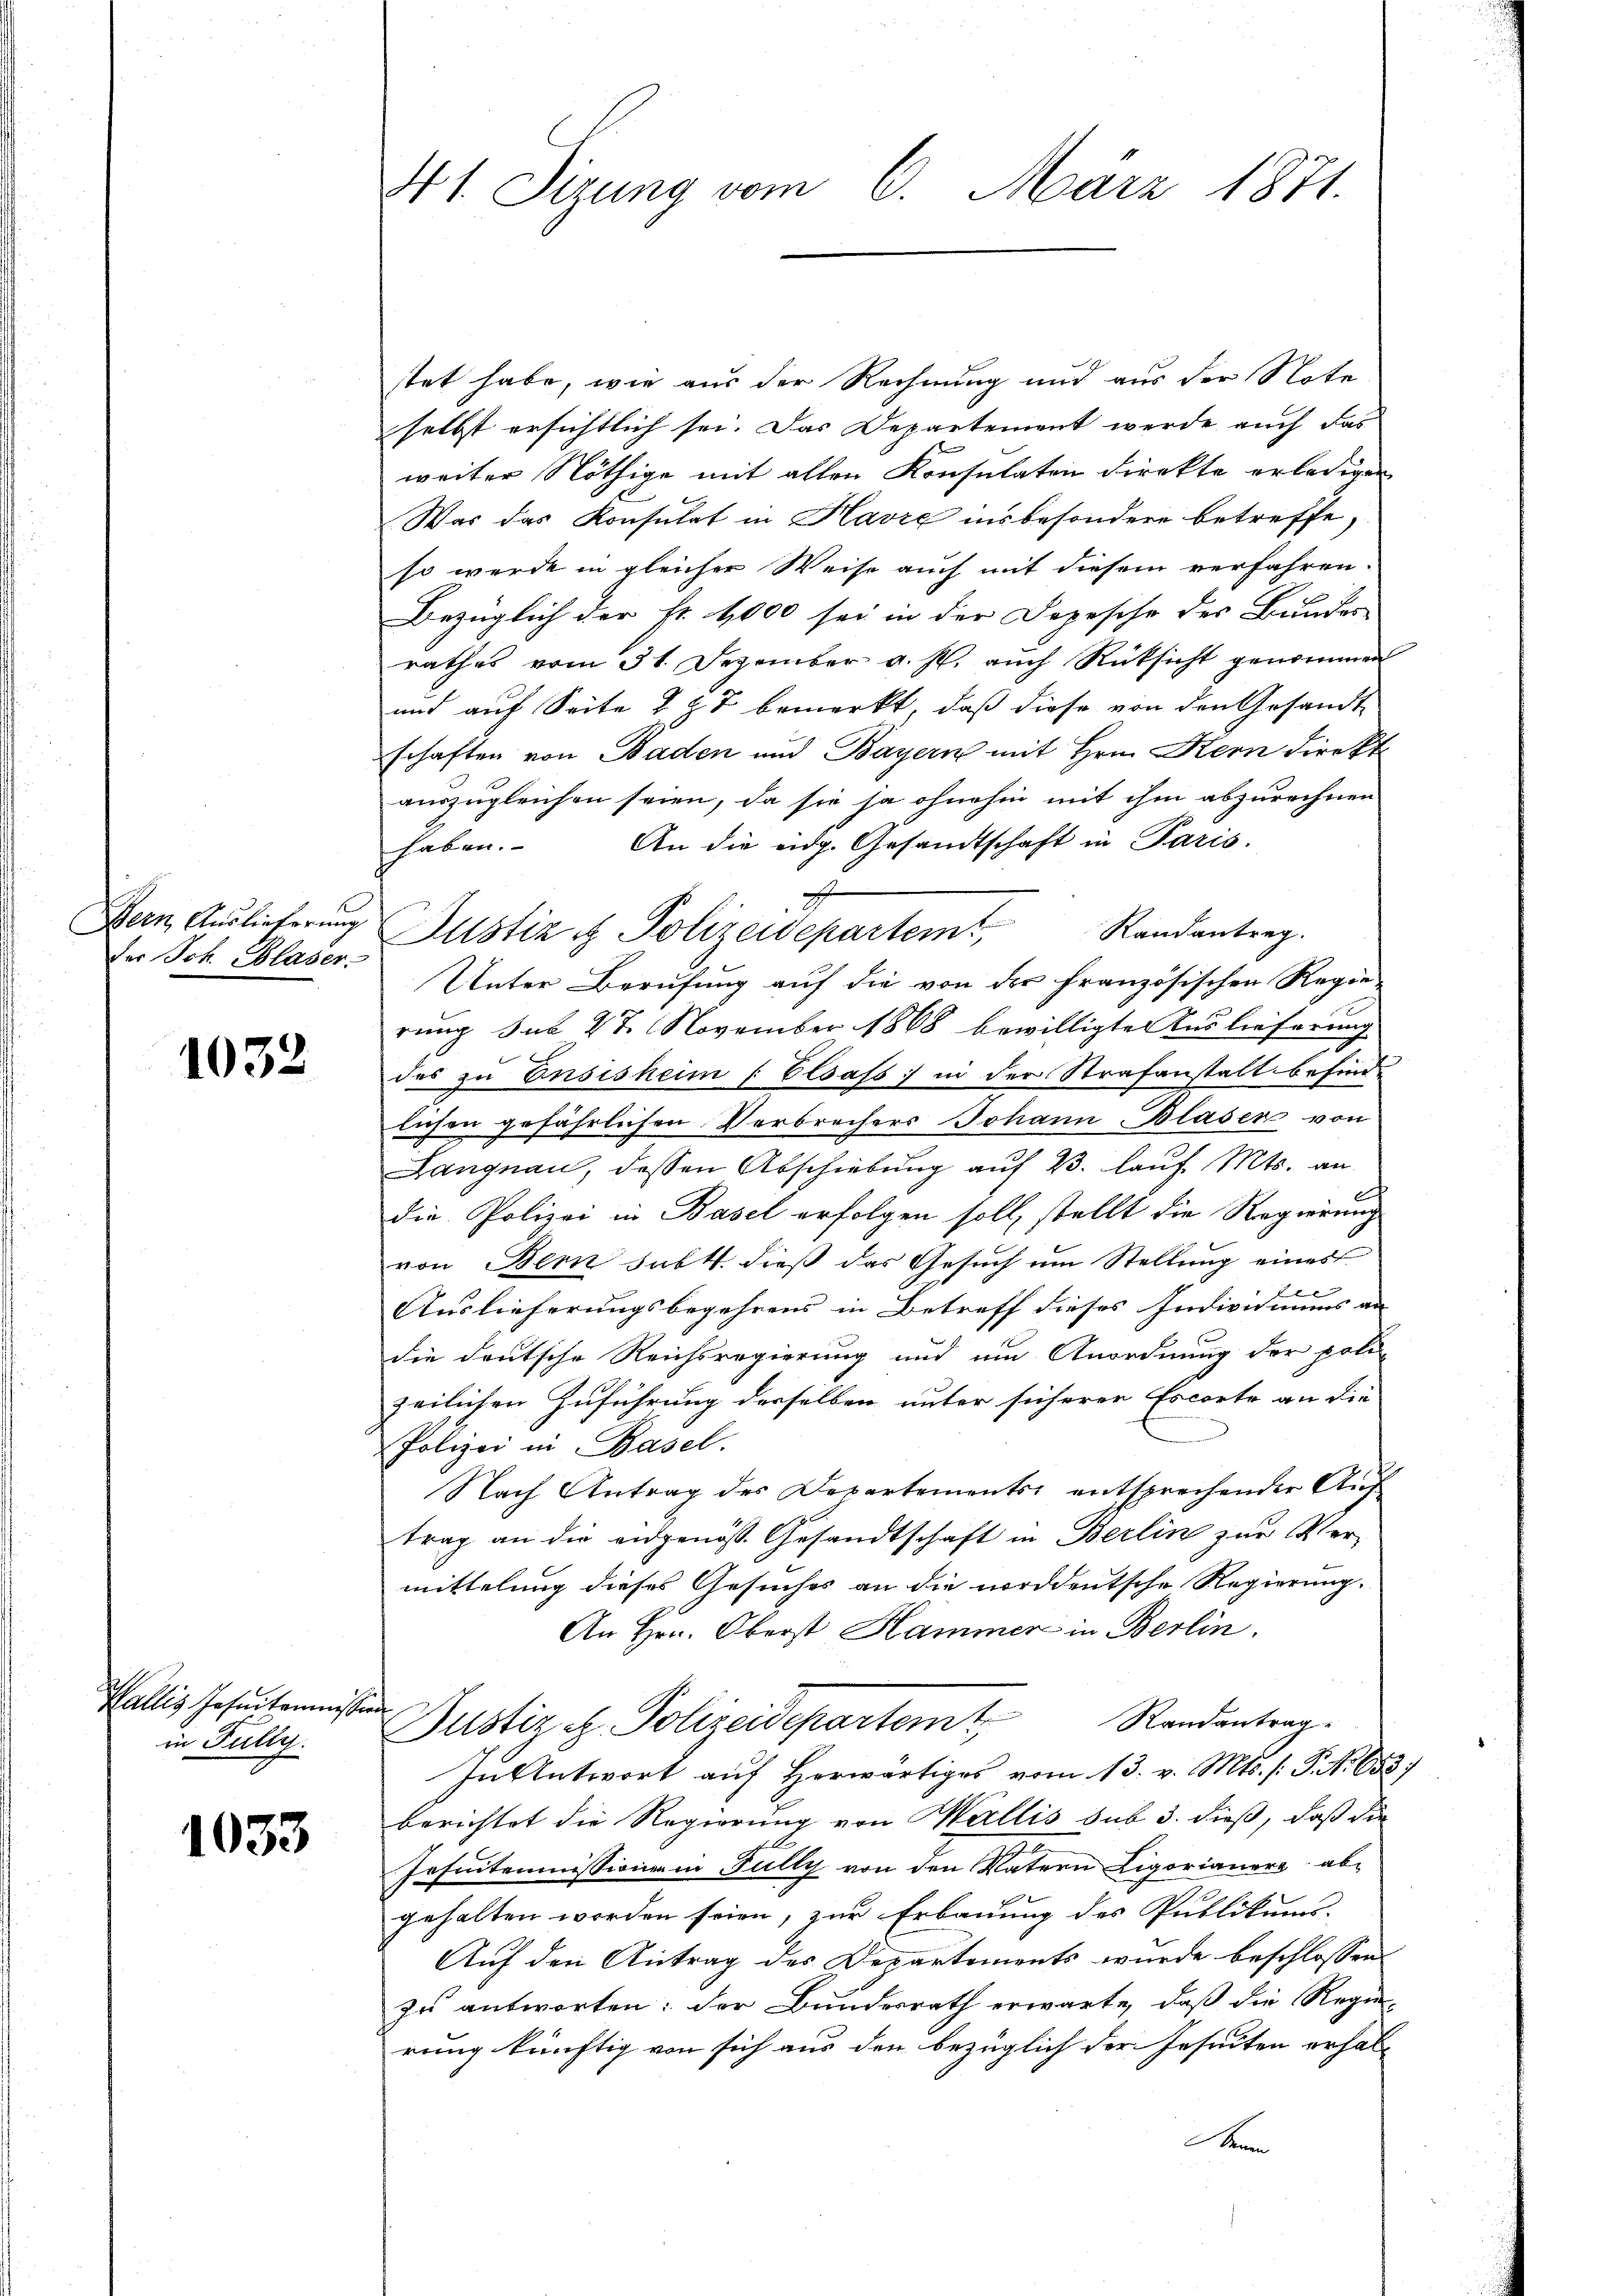
Hern Auslieferung
der Joh. Blaser

1032

Wallis Josaikommission
in Fully.

1033

41. Sizung vom 6. März 1871.

stet habe, wie aus der Rechnung und aus der Note
selbst ersichtlich sei. Das Departement werde auch das
weiter Nöthige mit allen Konsulaten direkte erledigen
Was das Konsulat in Havre insbesondere betreffe,
so wurde in gleicher Weise auch mit diesem verfahren.
Bezüglich der Fr. 1000 sei in der Depesche des Bundes-
rathes vom 31. Dezember v. J. auch Rücksicht genommen
und auf Seite 2 § 7 bemerkt, daß diese von den Gesandt-
schaften von Baden und Bayern mit Hrn. Kern direkt
auszugleichen seien, da sie ja ohnehin mit ihm abzurechnen
An die eidg. Gesandtschaft in Paris.
haben.
7
Justiz & Polizeidepartem Randantrag.
Unter Berufung auf die von der französischen Regie
rung sub 27. November 1868 bewilligte Auslieferung
des zu Ensisheim Elsass in der Strafanstalt befind-
lichen gefährlichen Verbrechers Johann Blasers von
Langnau, dessen Abschiebung auf 23. lauf Mts. an
die Polizei in Basel erfolgen soll, stellt die Regierung
von Bern satt dieß das Gesuch um Stellung eines
x
Auslieferungsbegehrens in Betreff dieses Indivniums an
die deutsche Reichsregierung und um Anordnung der poli-
zeilichen Zuführung derselben unter sicheren Escorte an die
Polizei in Basel.
Nach Antrag des Departements entsprechender Auftrag an die angenoss Gesandtschaft in Berlin zur Ver-
mittelung dieses Gesuches an die norddeutsche Regierung.
An Hrn. Oberst Hammer in Berlin.
Justiz u. Polizeidepartem Randantrag.
In Antwort auf Horwärtiges vom 13. v. Mts. /: P. Nr. 653
berichtet die Regierung von Wallis sub 3. dieß, daß die
Insuitemmissionen in Fully von den Vatern Ligorianere ab¬

gehalten worden seien, zur Erbauung des Publikums-
Auf den Antrag des Departements wurde beschlossen:
zu antworten: der Bundesrath erwarte, daß die Regie-
rung künftig von sich aus den bezüglich der Insuiten erhalt
Bennen